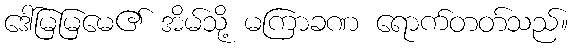
ဒေါ်မြမြမေ၏ အိမ်သို့ မကြာခဏ ရောက်တတ်သည်။